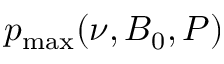
p _ { \operatorname* { m a x } } ( \nu , B _ { 0 } , P )